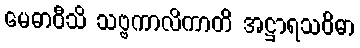
မေဓာဝီသိ သဗ္ဗကာလိကာတိ အဋ္ဌာရသဝိဓာ